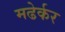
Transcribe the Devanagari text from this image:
मढेर्कर